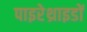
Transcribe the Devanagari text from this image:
पाइरेथ्राइडों